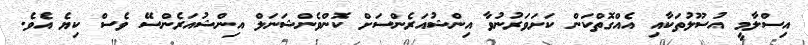
އިސްލާމީ އުސޫލުތަކާއި އެއްގޮތްކަން ކަށަވަރުނުވާ އިންޝުއަރެންސަށް ކޮންވެންޝަނަލް އިންޝުއަރެންސޭ ވެސް ކިޔެ އެވެ.